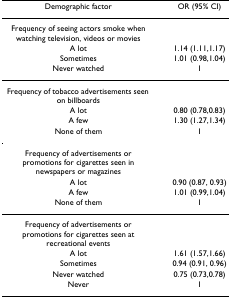
<table><thead><tr><td><b>Demographic factor</b></td><td><b>OR (95% CI)</b></td></tr></thead><tbody><tr><td>Frequency of seeing actors smoke when watching television, videos or movies</td><td></td></tr><tr><td>A lot</td><td>1.14 (1.11,1.17)</td></tr><tr><td>Sometimes</td><td>1.01 (0.98,1.04)</td></tr><tr><td>Never watched</td><td>1</td></tr><tr><td>Frequency of tobacco advertisements seen on billboards</td><td></td></tr><tr><td>A lot</td><td>0.80 (0.78,0.83)</td></tr><tr><td>A few</td><td>1.30 (1.27,1.34)</td></tr><tr><td>None of them</td><td>1</td></tr><tr><td>Frequency of advertisements or promotions for cigarettes seen in newspapers or magazines</td><td></td></tr><tr><td>A lot</td><td>0.90 (0.87, 0.93)</td></tr><tr><td>A few</td><td>1.01 (0.99,1.04)</td></tr><tr><td>None of them</td><td>1</td></tr><tr><td>Frequency of advertisements or promotions for cigarettes seen at recreational events</td><td></td></tr><tr><td>A lot</td><td>1.61 (1.57,1.66)</td></tr><tr><td>Sometimes</td><td>0.94 (0.91, 0.96)</td></tr><tr><td>Never watched</td><td>0.75 (0.73,0.78)</td></tr><tr><td>Never</td><td>1</td></tr></tbody></table>